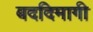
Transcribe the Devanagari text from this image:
बददिमागी